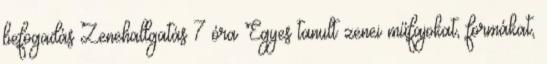
befogadás Zenehallgatás 7 óra Egyes tanult zenei műfajokat, formákat,